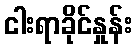
ငါးရာခိုင်နှုန်း